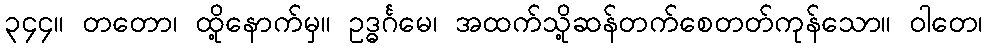
၃၄၄။ တတော၊ ထို့နောက်မှ။ ဥဒ္ဓင်္ဂမေ၊ အထက်သို့ဆန်တက်စေတတ်ကုန်သော။ ဝါတေ၊